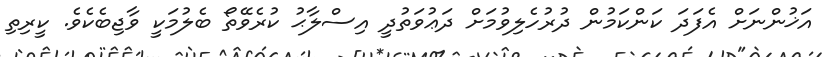
އަޚުންނަށް އެފަދަ ކަންކަމުން ދުރުހެލިވުމަށް ދަޢުވަތުދީ އިސްލާޙު ކުރެވޭތޯ ބެލުމަކީ ވާޖިބެކެވެ. ކީރިތި